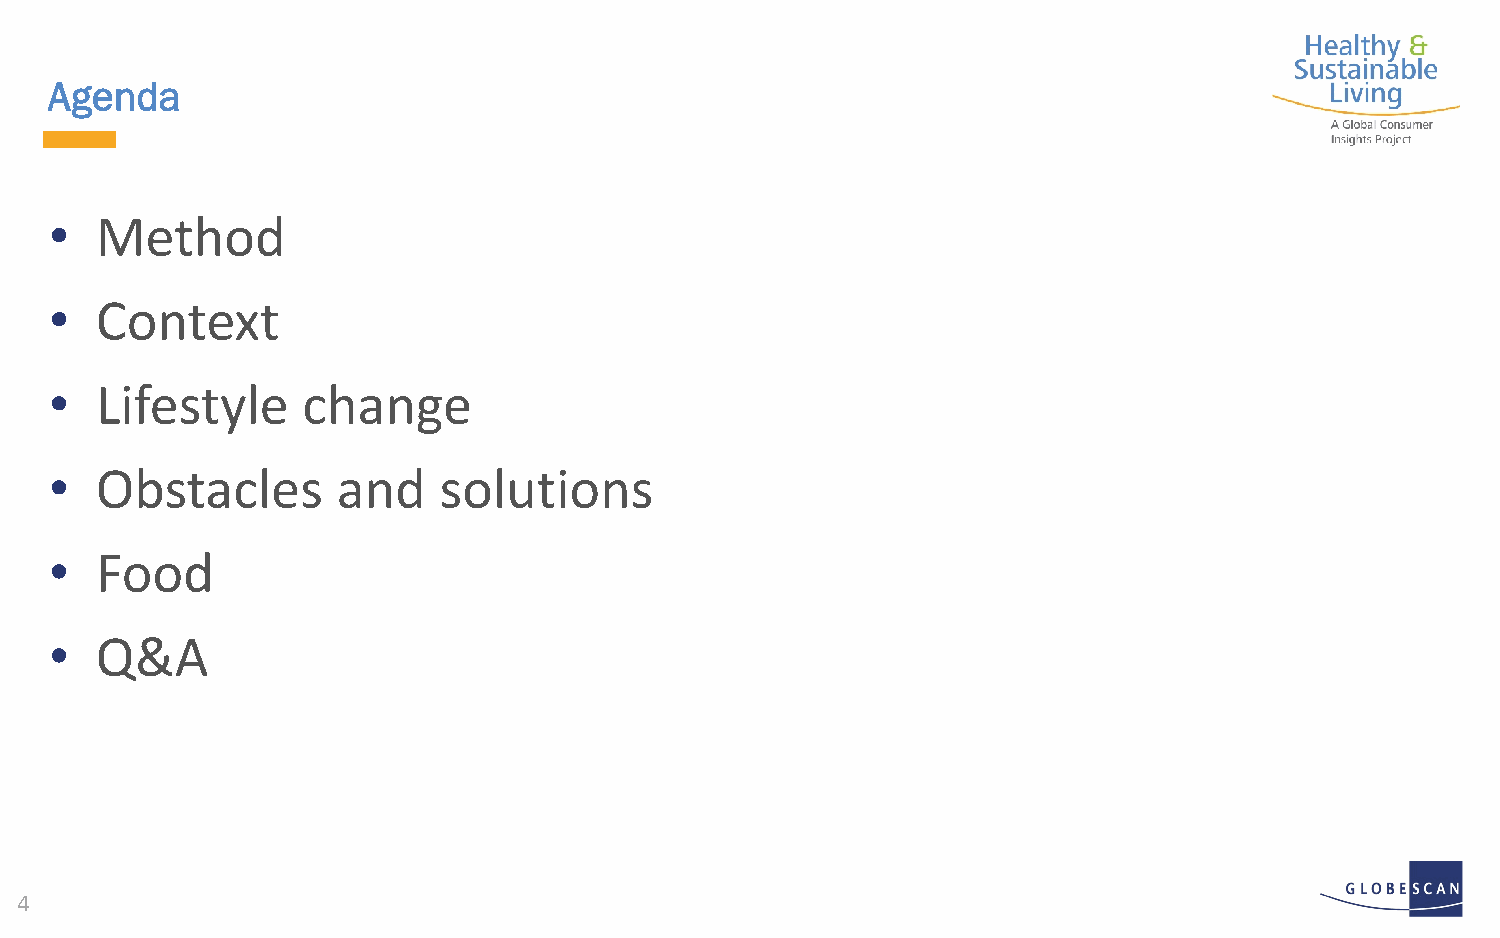
Agenda
 •  Method
 •  Context
 •  Lifestyle     change
 •  Obstacles       and    solutions
 •  Food
 •  Q&A
 4